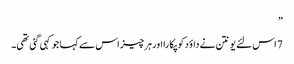
”
7 اس لئے یونتن نے داؤد کو پکا را اور ہر چیز اس سے کہا جو کہی گئی تھی۔